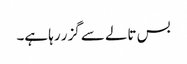
بس تالے سے گزر رہا ہے۔